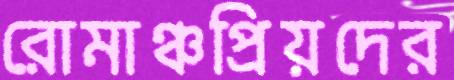
রোমাঞ্চপ্রিয়দের